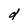
Character: d